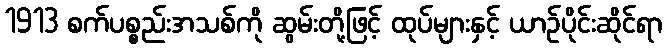
1913 စက်ပစ္စည်းအသစ်ကို ဆွမ်းတို့ဖြင့် ထုပ်များနှင့် ယာဉ်ပိုင်းဆိုင်ရာ